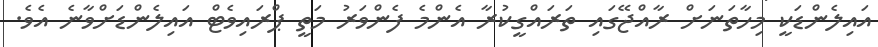
އައިލެންޑަކީ މިހާތަނަށް ރާއްޖޭގައި ތަރައްގީކުރާ އެންމެ ފެންވަރު މަތީ ޕްރައިވެޓް އައިލެންޑަށްވާނެ އެވެ.